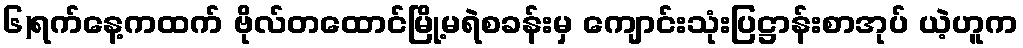
၆)ရက်နေ့ကထက် ဗိုလ်တထောင်မြို့မရဲစခန်းမှ ကျောင်းသုံးပြဋ္ဌာန်းစာအုပ် ယဲ့ဟူက